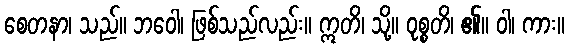
စေတနာ၊ သည်။ ဘဝေါ၊ ဖြစ်သည်လည်း။ ဣတိ၊ သို့။ ဝုစ္စတိ၊ ၏။ ဝါ၊ ကား။